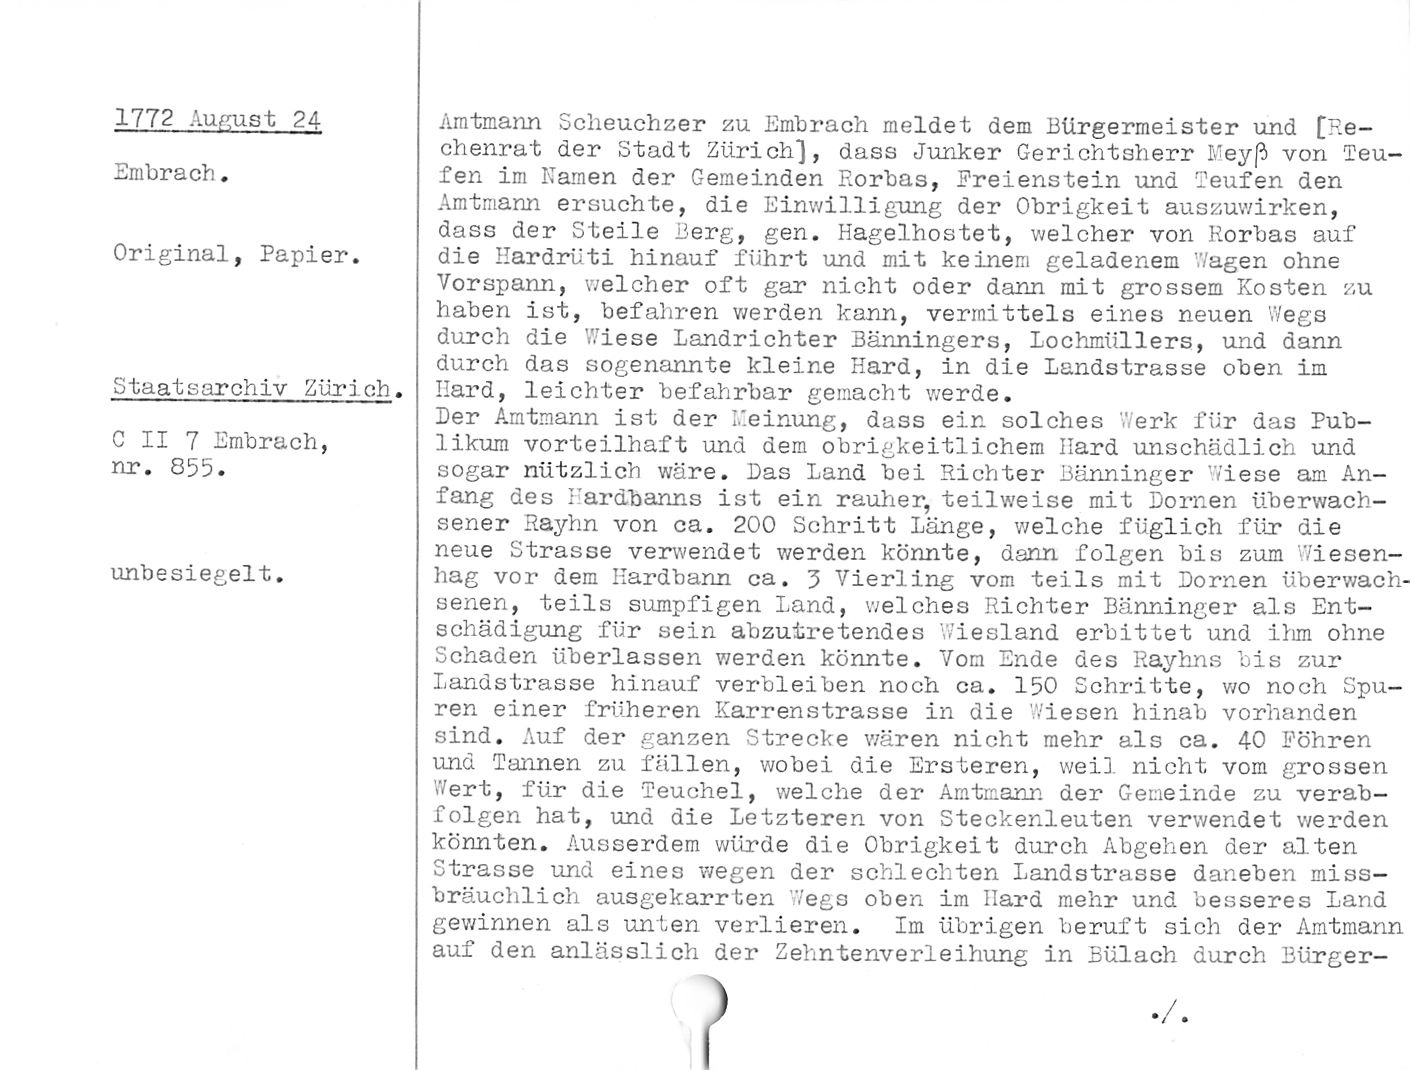
1772 August 24

Embrach.

Original, Papier.

Staatsarchiv Zürich.

C II 7 Embrach,
nr. 855.

unbesiegelt.

Amtmann Scheuchzer zu Embrach meldet dem Bürgermeister und [Re-
chenrat der Stadt Zürich], dass Junker Gerichtsherr Neyß von Teu¬
fen im Namen der Gemeinden Horbas, Freienstein und Teufen den
Amtmann ersuchte, die Einwilligung der Obrigkeit auszuwirken,
dass der Steile Berg, gen. Hagelhostet, welcher von Horbas auf
die Hardrüti hinauf führt und mit keinem geladenem Y/agen ohne
Vorspann, welcher oft gar nicht oder dann mit grossem Kosten zu
haben ist, befahren werden kann, vermittels eines neuen Wegs
durch die Wiese Landrichter Bänningers, Lochmüllers, und dann
durch das sogenannte kleine Hard, in die Landstrasse oben im
liard, leichter befahrbar gemacht werde.

Der Amtmann ist der Meinung, dass ein solches Werk für das Pub¬
likum vorteilhaft und dem obrigkeitlichem Hard unschädlich und
sogar nützlich wäre. Das Land bei Richter Bänninger Wiese am An¬
fang des Harabanns ist ein rauher, teilweise mit Dornen überwach¬
sener Hayhn von ca. 200 Schritt Länge, welche füglich für die
neue Strasse verwendet werden könnte, dann folgen bis zum Wiesen¬
hag vor dem Hardbann ca. Z Vierling vom teils mit Dornen überwach¬
senen, teils sumpfigen Land, welches Richter Bänninger als Ent¬
schädigung für sein abzutretendes Y/iesland erbittet und iiim ohne
Schaden überlassen werden könnte. Vom Ende des P.ayhns bis zur
Landstrasse hinauf verbleiben noch ca. 150 Schritte, v/o noch Spu¬
ren einer früheren Karrenstrasse in die Wiesen hinab vorhanden
sind. Auf der ganzen Strecke wären nicht mehr als ca. 40 Föhren
und Tannen zu fällen, wobei die Ersteren, weil nicht vom grossen
Wert, für die Teuchel, welche der Amtmann der Gemeinde zu verab¬
folgen hat, und die Letzteren von Steckenleuten verwendet werden
könnten. Ausserdem würde die Obrigkeit durch Abgehen der alten
Strasse und eines wegen der schlechten Landstrasse daneben miss¬
bräuchlich ausgekarrten Wegs oben im Hard mehr und besseres Land
gewinnen als unten verlieren. Im übrigen beruft sich der Amtmann
auf den anlässlich der Zehntenverleihung in Bülach durch Bürger-

/